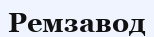
Ремзавод